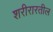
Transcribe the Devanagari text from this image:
शरीरारतील